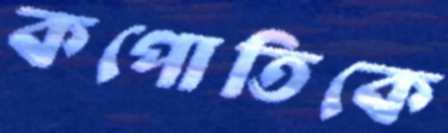
কপোতিকে